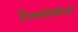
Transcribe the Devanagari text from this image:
टैक्सोडिनी